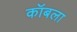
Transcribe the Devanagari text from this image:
कॉबला